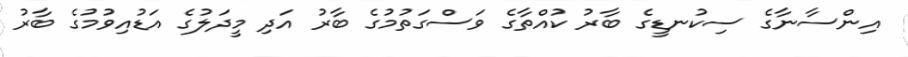
އިންސާނާގެ ސިކުނޑީގެ ބާރު ކުއްތާގެ ވަސްގަތުމުގެ ބާރު އަދި މީދަލުގެ އަޑުއިވުމުގެ ބާރު